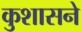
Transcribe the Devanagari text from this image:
कुशासने